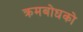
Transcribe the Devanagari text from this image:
क्रमबोधको